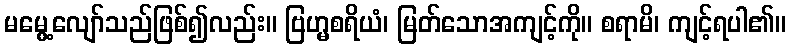
မမွေ့လျော်သည်ဖြစ်၍လည်း။ ဗြဟ္မစရိယံ၊ မြတ်သောအကျင့်ကို။ စရာမိ၊ ကျင့်ရပါ၏။